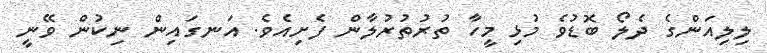
ލިލިއަންގެ ދެލޯ ބޮޑުވެ މުޅި މީހާ ތުރުތުރުލާން ފެށިއެވެ. އަނގައިން ނިކުން ވޭނީ